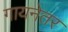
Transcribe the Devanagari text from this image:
गायनेतर